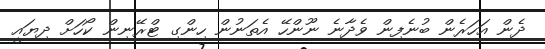
ދެން އަހަރެން ބުނެފިން ވެދާނެ ނޫންހޭ އެތަނުން ހިންގި ޓްރޭނިން ކޯހަށް ދިޔައީ